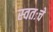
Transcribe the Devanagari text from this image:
स्वतःचे